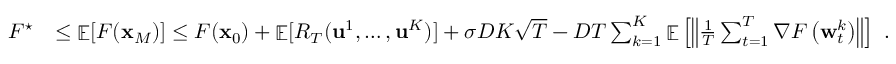
\begin{array} { r l } { F ^ { \star } } & { \leq \mathop { \mathbb { E } } [ F ( { \mathbf x } _ { M } ) ] \le F ( { \mathbf x } _ { 0 } ) + \mathop { \mathbb { E } } [ R _ { T } ( \mathbf { u } ^ { 1 } , \dots , \mathbf { u } ^ { K } ) ] + \sigma D K \sqrt { T } - D T \sum _ { k = 1 } ^ { K } \mathop { \mathbb { E } } \left[ \left\| \frac { 1 } { T } \sum _ { t = 1 } ^ { T } \nabla F \left( { \mathbf w } _ { t } ^ { k } \right) \right\| \right] ~ . } \end{array}